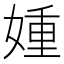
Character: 媑